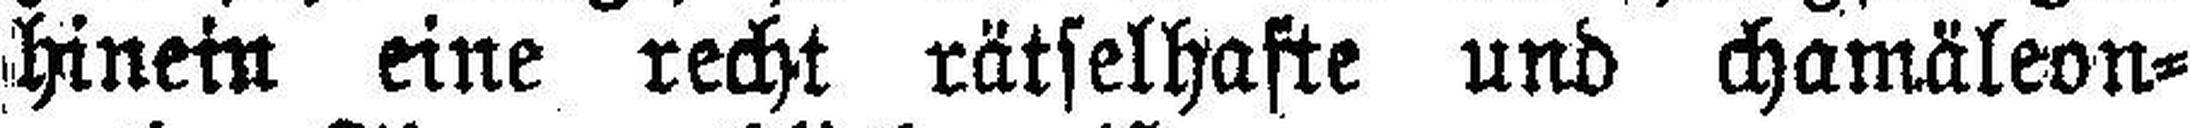
hinein eine recht rätselhafte und chamäleon¬